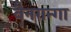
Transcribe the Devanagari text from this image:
वैनगन्गा